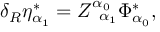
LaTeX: \delta _ { R } \eta _ { \alpha _ { 1 } } ^ { * } = Z _ { \; \; \alpha _ { 1 } } ^ { \alpha _ { 0 } } \Phi _ { \alpha _ { 0 } } ^ { * } ,